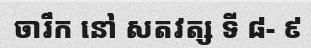
ចារឹក នៅ សតវត្ស ទី ៨- ៩